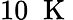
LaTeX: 10\; \mathrm{~K~}